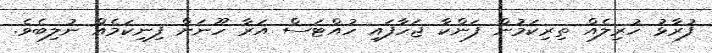
ފުރާޅު ހުރިލެއް ތިރިކަމުން ފަންކާ ޖަހާފައި ހުއްޓަސް އަރާ ހޫނަށް ފިނިކަމެއް ނުލިބެވެ.